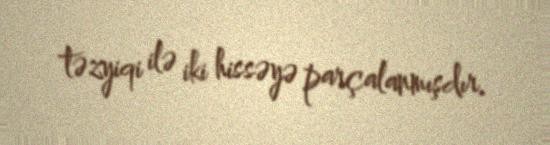
təzyiqi ilə iki hissəyə parçalanmışdır.